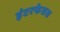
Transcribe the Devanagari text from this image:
इंटरफेसस